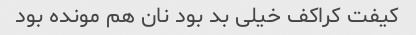
کیفت کراکف خیلی بد بود نان هم مونده بود